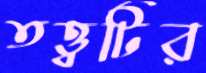
তত্ত্বটির